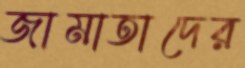
জামাতাদের